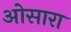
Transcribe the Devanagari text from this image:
ओसारा